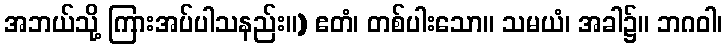
အဘယ်သို့ ကြားအပ်ပါသနည်း။) ဧတံ၊ တစ်ပါးသော။ သမယံ၊ အခါ၌။ ဘဂဝါ၊